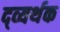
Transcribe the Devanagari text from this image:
द्व्यर्थक